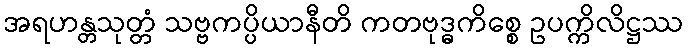
အရဟန္တသုတ္တံ သဗ္ဗကပ္ပိယာနီတိ ကတဗုဒ္ဓကိစ္စေ ဥပက္ကိလိဋ္ဌဿ